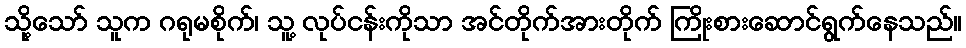
သို့သော် သူက ဂရုမစိုက်၊ သူ့ လုပ်ငန်းကိုသာ အင်တိုက်အားတိုက် ကြိုးစားဆောင်ရွက်နေသည်။